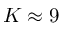
K \approx 9